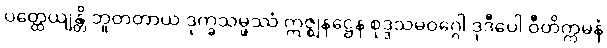
ပတ္ထေယျန္တိ ဘူတတာယ ဒုက္ခသမ္ဖဿံ ဣဇ္ဈနဋ္ဌေန စုဒ္ဒသမဝဂ္ဂေါ ဒုဒီပေါ ဝီတိက္ကမနံ